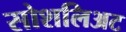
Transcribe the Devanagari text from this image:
सोशलिअट